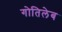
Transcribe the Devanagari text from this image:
गोतिलेब